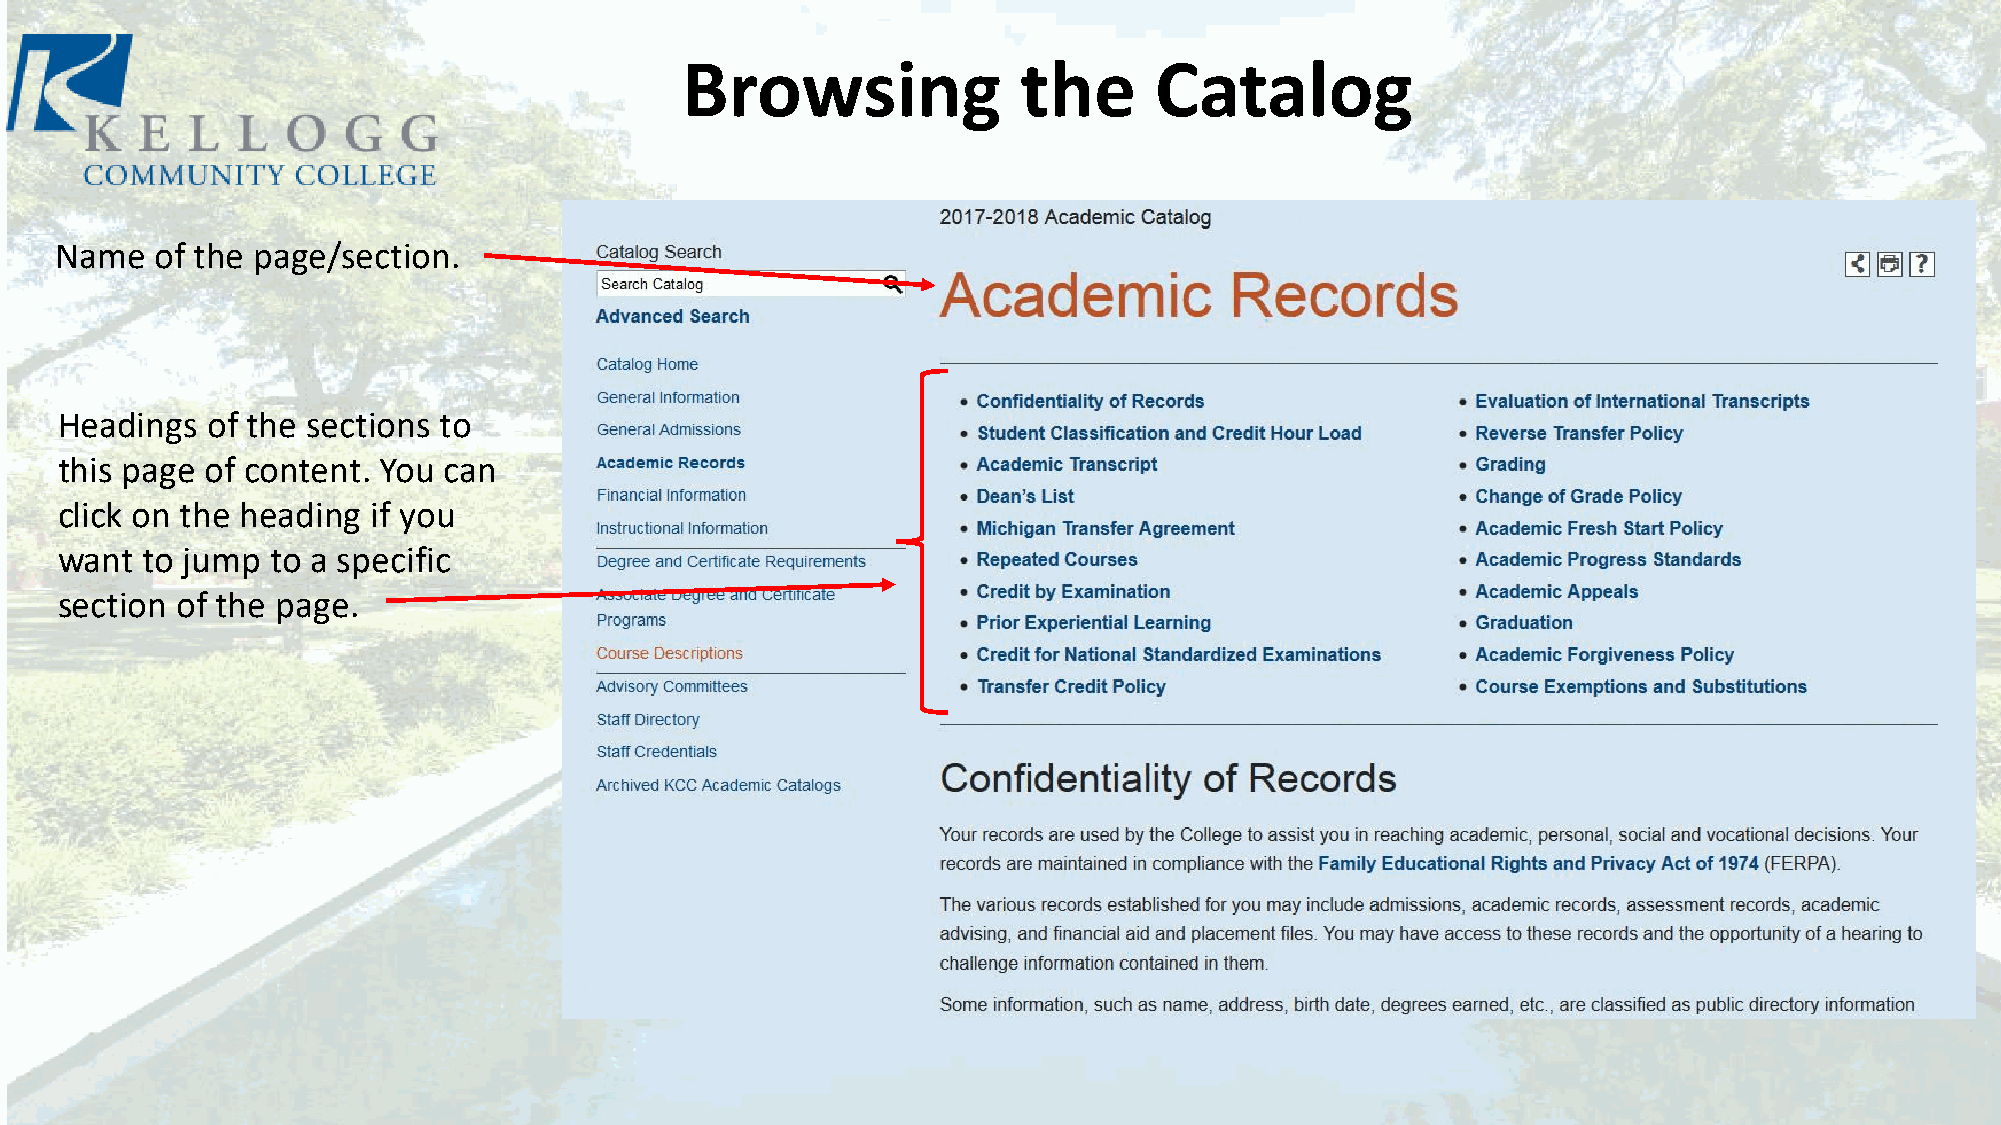
Browsing               the     Catalog
 Name  of the page/section.
 Headings  of the sections to
 this page of content. You can
 click on the heading if you
 want to jump  to a specific
 section of the page.